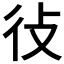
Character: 𫹏